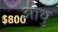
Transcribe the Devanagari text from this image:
आधु